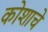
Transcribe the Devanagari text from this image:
कोशाचें